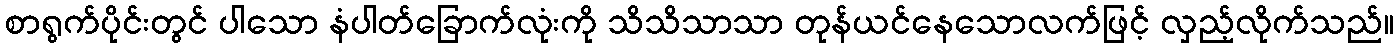
စာရွက်ပိုင်းတွင် ပါသော နံပါတ်ခြောက်လုံးကို သိသိသာသာ တုန်ယင်နေသောလက်ဖြင့် လှည့်လိုက်သည်။